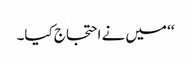
‘‘ میں نے احتجاج کیا۔